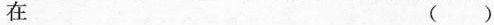
在 ()